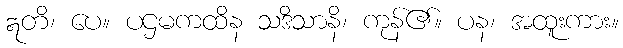
ဣတိ၊ ပေ။ ပဌမကထိန သဒိသာနိ၊ ကုန်၏။ ပန၊ အထူးကား။